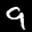
Label: 9